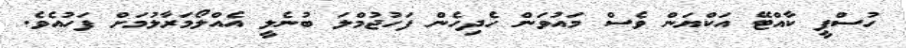
ހުސްފީ ކާއްޓޭ އަކްޔަން ވެސް މައުވަން ހެދިހެން ފަހުޖުމްލަ ބުނެލީ އެއްލޯމަރާލުމަށް ފަހުއެވެ.